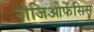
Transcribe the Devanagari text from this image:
रोजिओफेंसिस